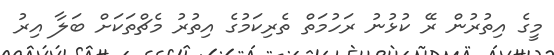
މީގެ އިތުރުން ރޭ ކުޅުނު ރަހުމަތް ތެރިކަމުގެ އިތުރު މެޗްތަކަށް ބަލާ އިރު